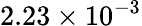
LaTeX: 2.23\times 10^{-3}